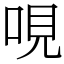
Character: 哯